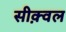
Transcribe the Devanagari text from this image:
सीक़्वल